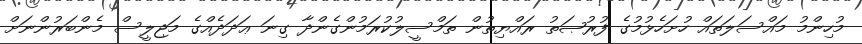
މުހިންމު މައްސަލަތައް ހުށަހެޅުމުގެ ފުރުޞަތު ރައްޔިތުން ތަމްސީލުކުރަމުންގެންދާ ގިނަ ޢަދަދެއްގެ މަޖިލީސް މެންބަރުންނަށް